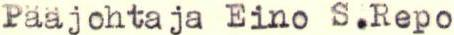
Pääjohtaja Eino S.Repo